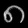
Digit: ၈